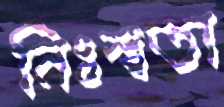
নিঃস্বতা